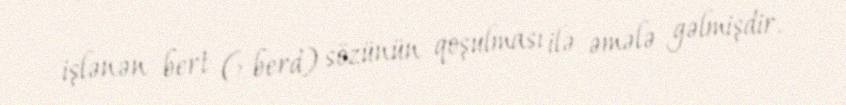
işlənən bert (> berd) sözünün qoşulması ilə əmələ gəlmişdir.